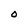
Character: O